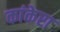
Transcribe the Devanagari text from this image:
कांकेरा